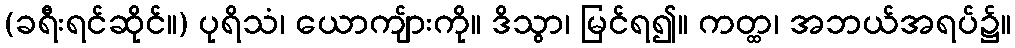
(ခရီးရင်ဆိုင်။) ပုရိသံ၊ ယောကျ်ားကို။ ဒိသွာ၊ မြင်ရ၍။ ကတ္ထ၊ အဘယ်အရပ်၌။